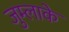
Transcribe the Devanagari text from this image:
जुम्लाके